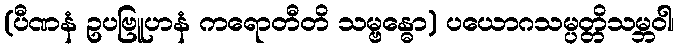
(ပီဏနံ ဥပဗြူဟနံ ကရောတီတိ သမ္ဗန္ဓော) ပယောဂသမ္ပတ္တိသမ္ဘဝါ၊